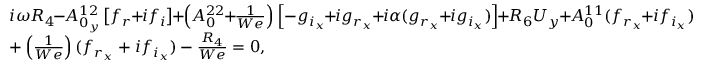
\begin{array} { r l } & { i \omega R _ { 4 } \! \! - \! \! A _ { 0 _ { y } } ^ { 1 2 } \left[ f _ { r } \! \! + \! \! i f _ { i } \right] \! \! + \! \! \left( A _ { 0 } ^ { 2 2 } \! \! + \! \! \frac { 1 } { W e } \right) \left[ - g _ { i _ { x } } \! \! + \! \! i g _ { r _ { x } } \! \! + \! \! i \alpha ( g _ { r _ { x } } \! \! + \! \! i g _ { i _ { x } } ) \right] \! \! + \! \! R _ { 6 } U _ { y } \! \! + \! \! A _ { 0 } ^ { 1 1 } ( f _ { r _ { x } } \! \! + \! \! i f _ { i _ { x } } ) } \\ & { + \left( \frac { 1 } { W e } \right) ( f _ { r _ { x } } + i f _ { i _ { x } } ) - \frac { R _ { 4 } } { W e } = 0 , } \end{array}